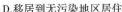
D.移居到无污染地区居住